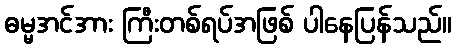
ဓမ္မအင်အား ကြီးတစ်ရပ်အဖြစ် ပါနေပြန်သည်။